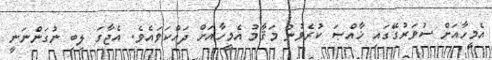
އެމީހާއަށް ސުވަރުގޭގައި ޚާއްޞަ ކުރެވުނު މަޤާމު އެމީހާއަށް ދައްކަވައެވެ. އެޖާގަ ލިބި ނުގަންނަނީ